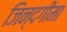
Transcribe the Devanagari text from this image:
जिन्दगीमा